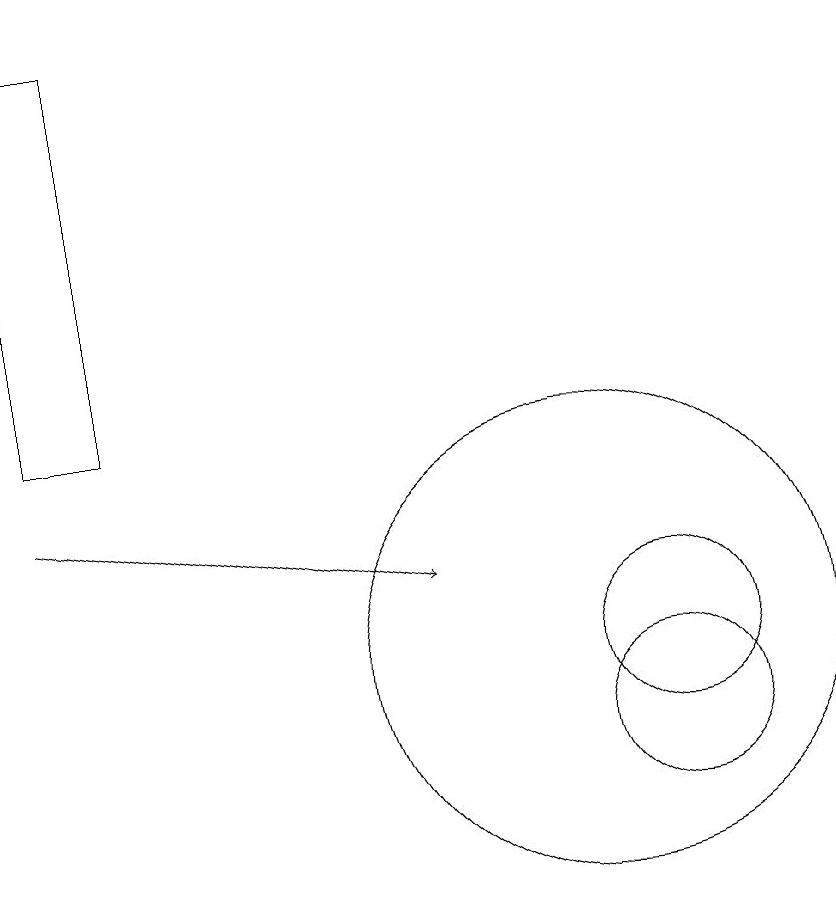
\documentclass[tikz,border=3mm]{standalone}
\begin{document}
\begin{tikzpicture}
\draw (11,11) circle (1);
\draw (3,14) rectangle (4,19);
\draw (11,10) circle (1);
\draw (10,11) circle (3);
\draw[->] (3,13) -- (8,12);
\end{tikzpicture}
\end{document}